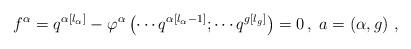
LaTeX: \begin{align*}f^{\alpha }=q^{\alpha \left[ l_{\alpha }\right] }-\varphi ^{\alpha }\left(\cdots q^{\alpha \left[ l_{\alpha }-1\right] };\cdots q^{g\left[ l_{g}\right]}\right) =0\,,\;a=\left( \alpha ,g\right) \,, \end{align*}